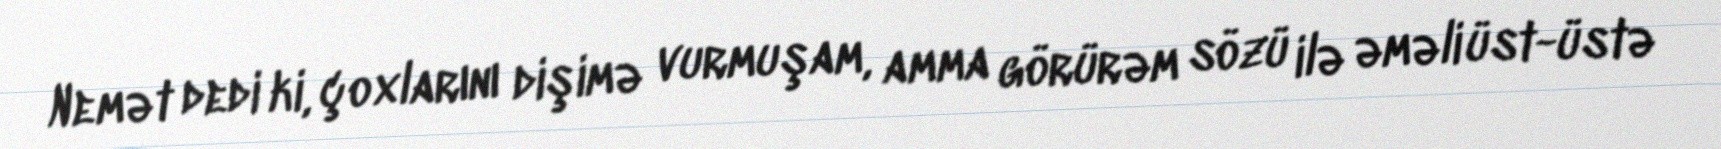
Nemət dedi ki, çoxlarını dişimə vurmuşam, amma görürəm sözü ilə əməli üst-üstə